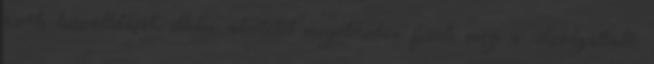
azok kiszállítását, illetve átvételét megelőzően fizeti meg a Szolgáltató